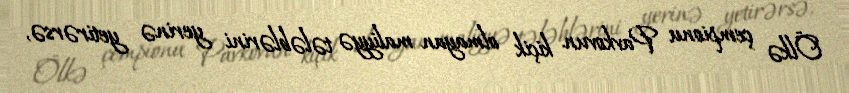
Ölkə çempionu Pavkovun kiçik olmayan maliyyə tələblərini yerinə yetirərsə,